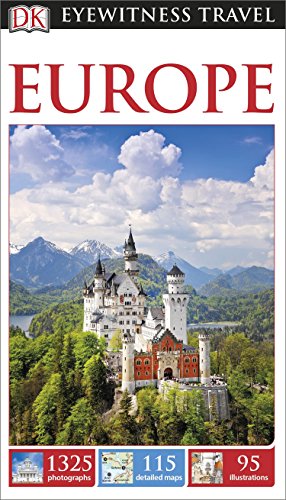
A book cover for DK Eyewitness Travel Guide: Europe; DK Publishing; Travel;